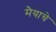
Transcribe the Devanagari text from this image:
मैयाचे